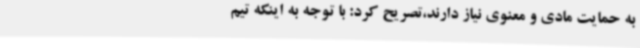
به حمایت مادی و معنوی نیاز دارند،تصریح کرد: با توجه به اینکه تیم